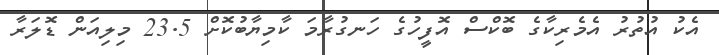
އެކު އުތުރު އެމެރިކާގެ ބޮކްސް އޮފީހުގެ ހަނގުރާމަ ކާމިޔާބުކޮށް 23.5 މިލިއަން ޑޮލަރާ